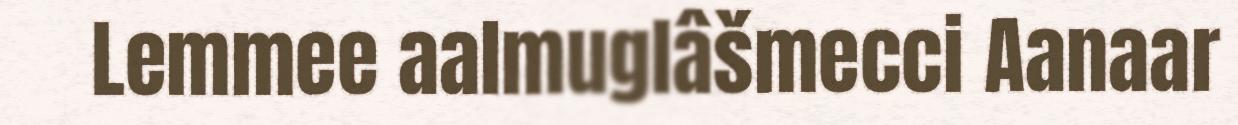
Lemmee aalmuglâšmecci Aanaar